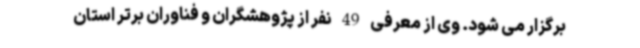
برگزار می شود. وی از معرفی 49 نفر از پژوهشگران و فناوران برتر استان